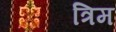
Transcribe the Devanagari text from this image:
त्रिम